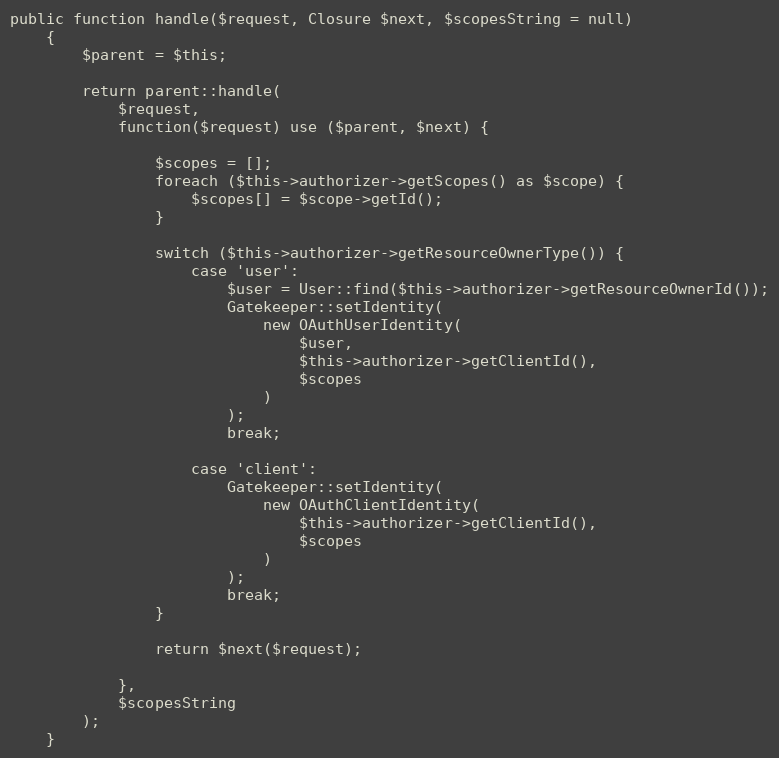
Language: PHP
public function handle($request, Closure $next, $scopesString = null)
    {
        $parent = $this;

        return parent::handle(
            $request,
            function($request) use ($parent, $next) {

                $scopes = [];
                foreach ($this->authorizer->getScopes() as $scope) {
                    $scopes[] = $scope->getId();
                }

                switch ($this->authorizer->getResourceOwnerType()) {
                    case 'user':
                        $user = User::find($this->authorizer->getResourceOwnerId());
                        Gatekeeper::setIdentity(
                            new OAuthUserIdentity(
                                $user,
                                $this->authorizer->getClientId(),
                                $scopes
                            )
                        );
                        break;

                    case 'client':
                        Gatekeeper::setIdentity(
                            new OAuthClientIdentity(
                                $this->authorizer->getClientId(),
                                $scopes
                            )
                        );
                        break;
                }

                return $next($request);

            },
            $scopesString
        );
    }